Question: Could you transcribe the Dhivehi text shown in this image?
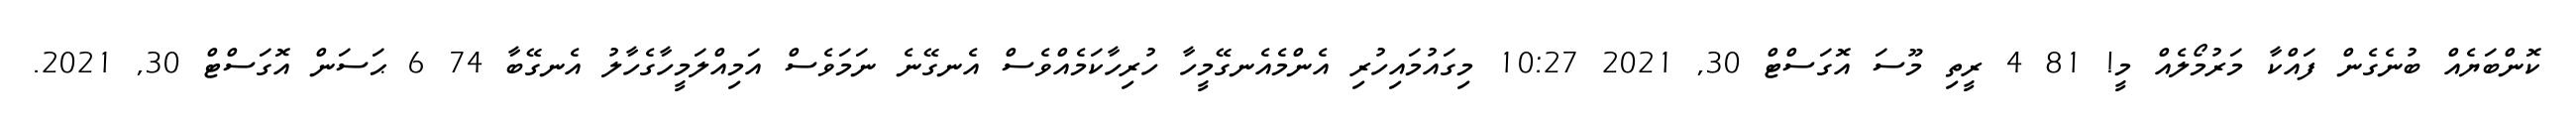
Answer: ކޮންބަޔެއް ބުނެގެން ފައްކާ މަރުމޯލެއް މީ! 81 4 ރީތި މޫސަ އޮގަސްޓް 30, 2021 10:27 މިގައުމައިހުރި އެންމެއެނގޭމީހާ ހުރިހާކަމެއްވެސް އެނގޭނެ ނަމަވެސް އަމިއްލަމީހާގެހާލު އެނގޭބާ 74 6 ޙަސަން އޮގަސްޓް 30, 2021.